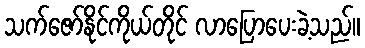
သက်ဇော်နိုင်ကိုယ်တိုင် လာပြောပေးခဲ့သည်။